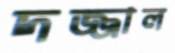
দজ্জাল